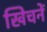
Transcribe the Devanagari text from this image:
खिचनें